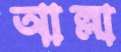
আল্লা